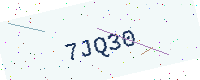
Text: 7JQ30